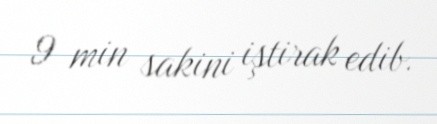
9 min sakini iştirak edib.